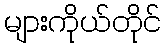
များကိုယ်တိုင်